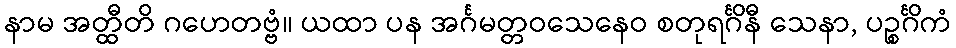
နာမ အတ္ထီတိ ဂဟေတဗ္ဗံ။ ယထာ ပန အင်္ဂမတ္တဝသေနေဝ စတုရင်္ဂိနီ သေနာ, ပဉ္စင်္ဂိကံ